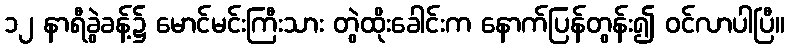
၁၂ နာရီခွဲခန့်၌ မောင်မင်းကြီးသား တွဲထိုးခေါင်းက နောက်ပြန်တွန်း၍ ဝင်လာပါပြီ။